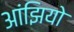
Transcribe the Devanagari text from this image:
आंझियो